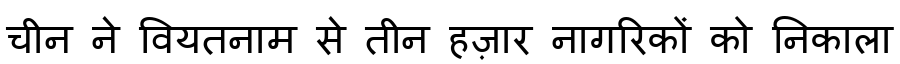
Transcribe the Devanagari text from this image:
चीन ने वियतनाम से तीन हज़ार नागरिकों को निकाला